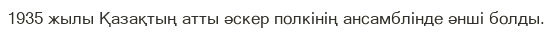
1935 жылы Қазақтың атты әскер полкінің ансамблінде әнші болды.